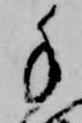
手